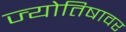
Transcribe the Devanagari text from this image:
ज्योतिषावर